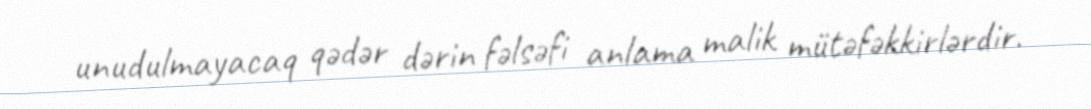
unudulmayacaq qədər dərin fəlsəfi anlama malik mütəfəkkirlərdir.